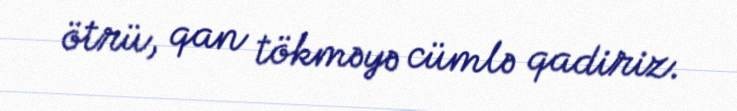
ötrü, qan tökməyə cümlə qadiriz.